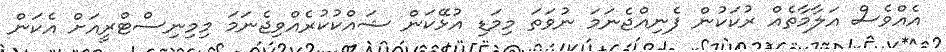
އެއްވެސް އަލާމާތެއް ރުކަކުން ފެނިއްޖެނަމަ ނުވަތަ މިމަޑި އުޅޭކަން ޝައްކުކުރެއްވިޖެނަމަ މިމިނިސްޓްރީއަށް އެކަން